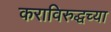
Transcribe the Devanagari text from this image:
कराविरुद्धच्या